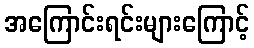
အကြောင်းရင်းများကြောင့်